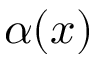
\alpha ( x )